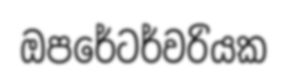
ඔපරේටර්වරියක